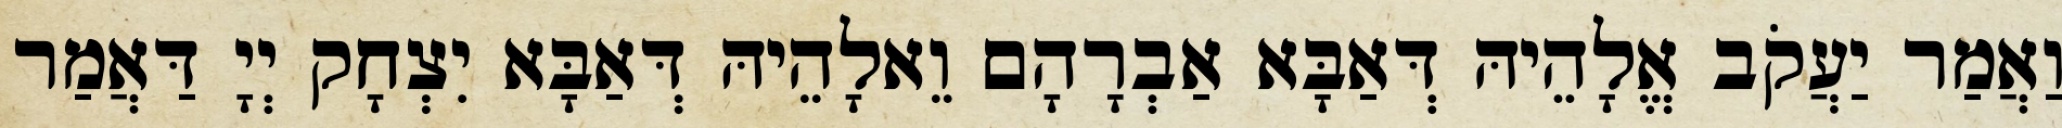
וַאֲמַר יַעֲקֹב אֱלָהֵיהּ דְּאַבָּא אַבְרָהָם וֵאלָהֵיהּ דְּאַבָּא יִצְחָק יְיָ דַּאֲמַר